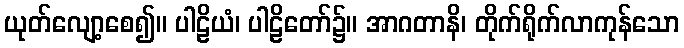
ယုတ်လျော့စေ၍။ ပါဠိယံ၊ ပါဠိတော်၌။ အာဂတာနိ၊ တိုက်ရိုက်လာကုန်သော